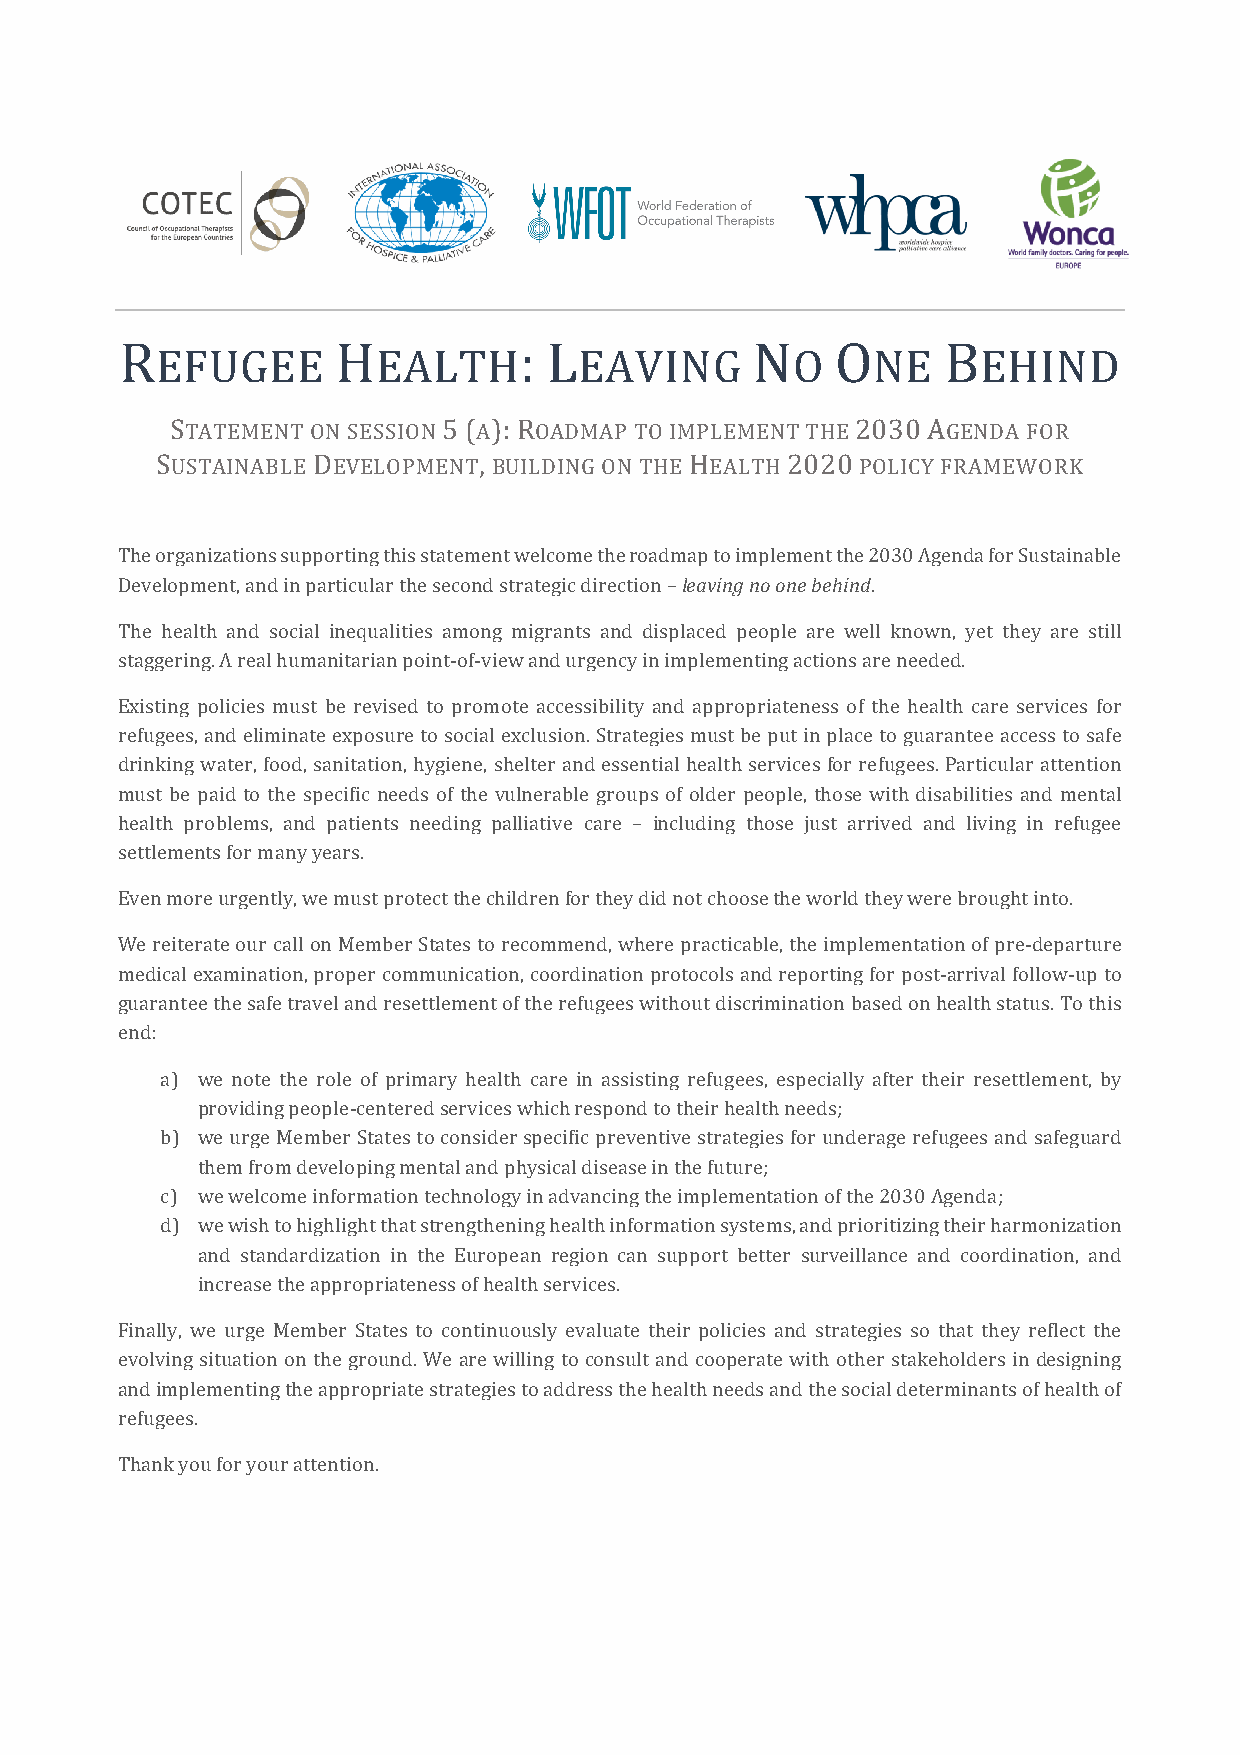
R             H           : L             N    O      B
 EFUGEE         EALTH        EAVING        O     NE     EHIND
 STATEMENT ON SESSION 5 (A): ROADMAP TO IMPLEMENT THE 2030 AGENDA FOR
 SUSTAINABLE DEVELOPMENT, BUILDING ON THE HEALTH 2020 POLICY FRAMEWORK
 The organizations supporting this statement welcome the roadmap to implement the 2030 Agenda for Sustainable
 Development, and in particular the second strategic direction – leaving no one behind.
 The health and social inequalities among migrants and displaced people are well known, yet they are still
 staggering. A real humanitarian point-of-view and urgency in implementing actions are needed.
 Existing policies must be revised to promote accessibility and appropriateness of the health care services for
 refugees, and eliminate exposure to social exclusion. Strategies must be put in place to guarantee access to safe
 drinking water, food, sanitation, hygiene, shelter and essential health services for refugees. Particular attention
 must be paid to the specific needs of the vulnerable groups of older people, those with disabilities and mental
 health problems, and patients needing palliative care – including those just arrived and living in refugee
 settlements for many years.
 Even more urgently, we must protect the children for they did not choose the world they were brought into.
 We reiterate our call on Member States to recommend, where practicable, the implementation of pre-departure
 medical examination, proper communication, coordination protocols and reporting for post-arrival follow-up to
 guarantee the safe travel and resettlement of the refugees without discrimination based on health status. To this
 end:
 a) we note the role of primary health care in assisting refugees, especially after their resettlement, by
 providing people-centered services which respond to their health needs;
 b) we urge Member States to consider specific preventive strategies for underage refugees and safeguard
 them from developing mental and physical disease in the future;
 c) we welcome information technology in advancing the implementation of the 2030 Agenda;
 d) we wish to highlight that strengthening health information systems, and prioritizing their harmonization
 and standardization in the European region can support better surveillance and coordination, and
 increase the appropriateness of health services.
 Finally, we urge Member States to continuously evaluate their policies and strategies so that they reflect the
 evolving situation on the ground. We are willing to consult and cooperate with other stakeholders in designing
 and implementing the appropriate strategies to address the health needs and the social determinants of health of
 refugees.
 Thank you for your attention.